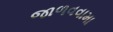
જાળવવામા